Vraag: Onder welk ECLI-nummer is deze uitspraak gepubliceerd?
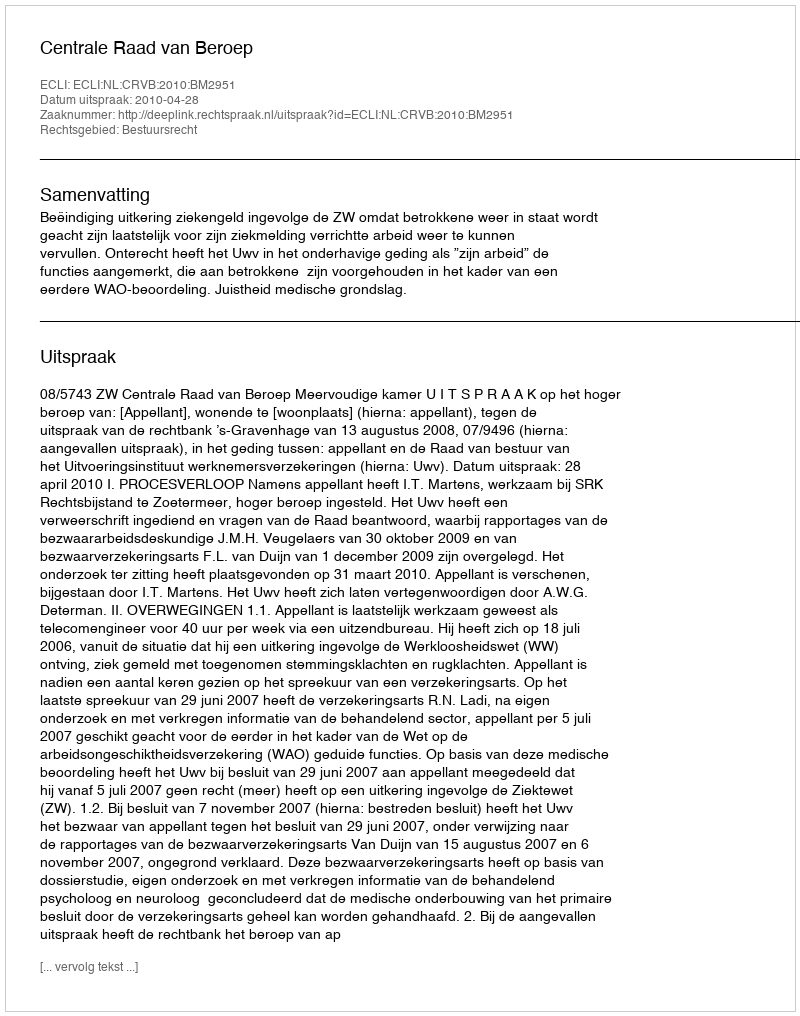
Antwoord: ECLI:NL:CRVB:2010:BM2951